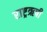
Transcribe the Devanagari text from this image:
राष्ट्रऋषी